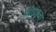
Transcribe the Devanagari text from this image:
तोडुपुजा